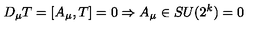
D _ { \mu } T = [ A _ { \mu } , T ] = 0 \Rightarrow A _ { \mu } \in S U ( 2 ^ { k } ) = 0